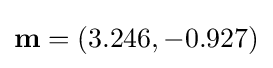
\mathbf {m} =(3.246,-0.927)